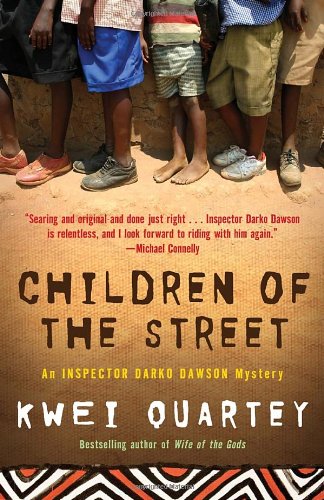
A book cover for Children of the Street (Darko Dawson, Bk 2); Kwei Quartey; Mystery, Thriller & Suspense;